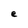
Character: e